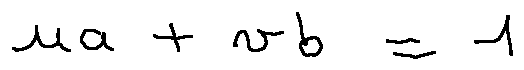
u a + v b = 1